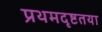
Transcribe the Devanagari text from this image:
प्रथमदृष्टतया